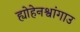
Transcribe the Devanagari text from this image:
ह्योहेनश्वांगाउ